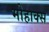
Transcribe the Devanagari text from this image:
मोहाक्स